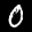
Label: 0